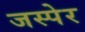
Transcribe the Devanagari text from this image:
जस्पेर